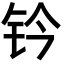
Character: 钤